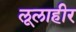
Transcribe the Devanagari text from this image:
लूलाहीर